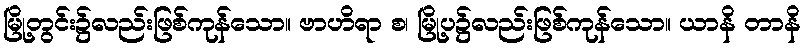
မြို့တွင်း၌လည်းဖြစ်ကုန်သော။ ဗာဟိရာ စ၊ မြို့ပ၌လည်းဖြစ်ကုန်သော။ ယာနိ တာနိ